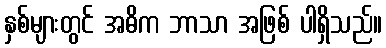
နှစ်များတွင် အဓိက ဘာသာ အဖြစ် ပါရှိသည်။